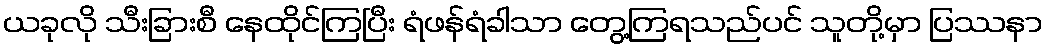
ယခုလို သီးခြားစီ နေထိုင်ကြပြီး ရံဖန်ရံခါသာ တွေ့ကြရသည်ပင် သူတို့မှာ ပြဿနာ